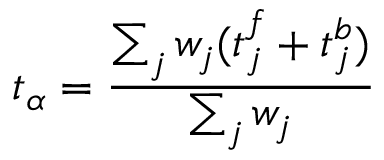
t _ { \alpha } = \frac { \sum _ { j } w _ { j } ( t _ { j } ^ { f } + t _ { j } ^ { b } ) } { \sum _ { j } w _ { j } }